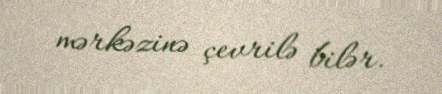
mərkəzinə çevrilə bilər.